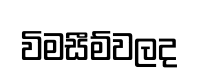
විමසීම්වලද